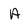
Character: A